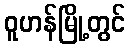
ဝူဟန်မြို့တွင်